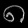
Digit: ၈